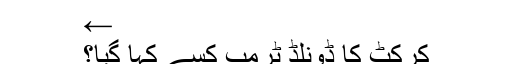
←
کرکٹ کا ڈونلڈ ٹرمپ کسے کہا گیا؟